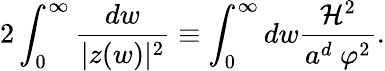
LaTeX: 2\int_{0}^{\infty}\frac{dw}{|z(w)|^{2}}\equiv\int_{0}^{\infty}dw\frac{{\cal H}^{2}}{a^{d}~\varphi^{2}}.